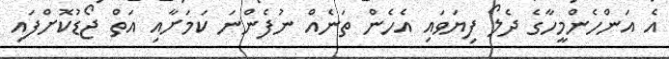
އެ އަންހެންމީހާގެ ދެލޯ ފިޔަވައި އެހެން ތަނެއް ނުފެންނަ ކަމަށާއި އަތް ޖޯޑުކޮށްފައި